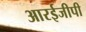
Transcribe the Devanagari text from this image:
आरईजीपी